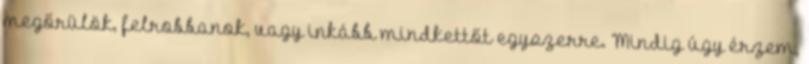
megőrülök, felrobbanok, vagy inkább mindkettőt egyszerre. Mindig úgy érzem,